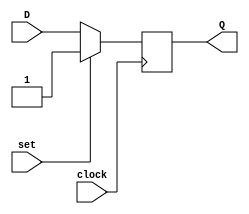
module d_ff (
    input D,
    input clock,
    input set,
    output reg Q
);

always @(posedge clock) begin
    if (set) begin
        Q <= 1'b1;
    end else begin
        Q <= D;
    end
end

endmodule